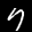
Label: 7